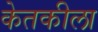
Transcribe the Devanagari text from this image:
केतकीला